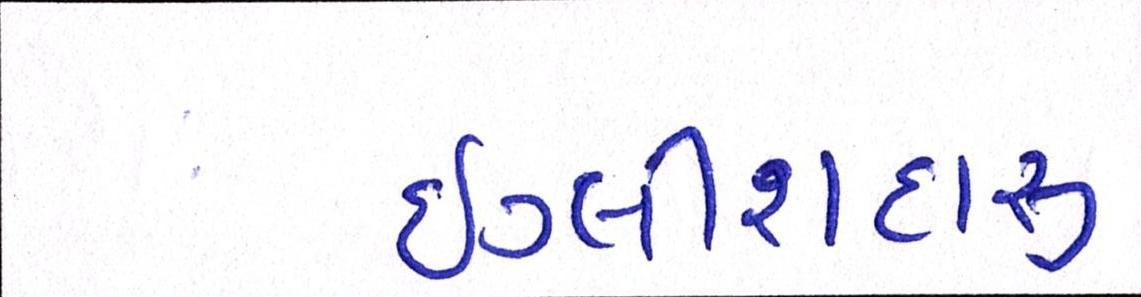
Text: ઇંગ્લીશદારૂ